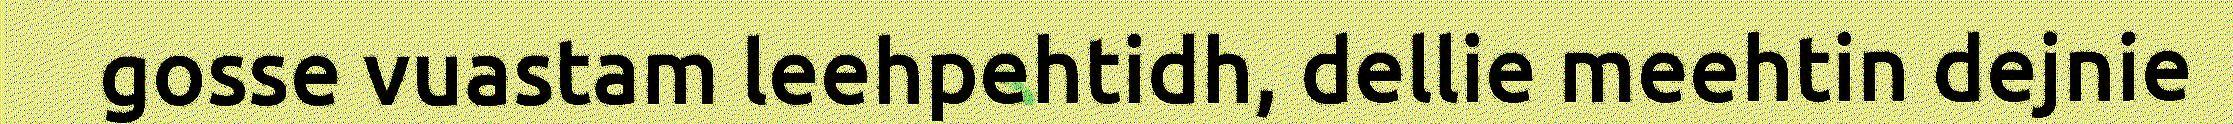
gosse vuastam leehpehtidh, dellie meehtin dejnie